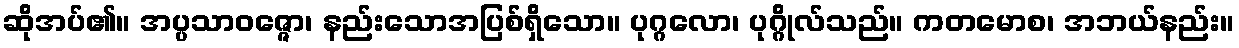
ဆိုအပ်၏။ အပ္ပသာဝဇ္ဇော၊ နည်းသောအပြစ်ရှိသော။ ပုဂ္ဂလော၊ ပုဂ္ဂိုလ်သည်။ ကတမောစ၊ အဘယ်နည်း။